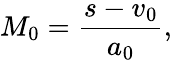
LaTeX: M_{0}=\frac{s-v_{0}}{a_{0}},